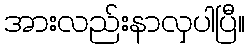
အားလည်းနာလှပါပြီ။